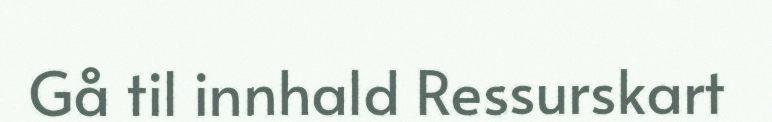
Gå til innhald Ressurskart